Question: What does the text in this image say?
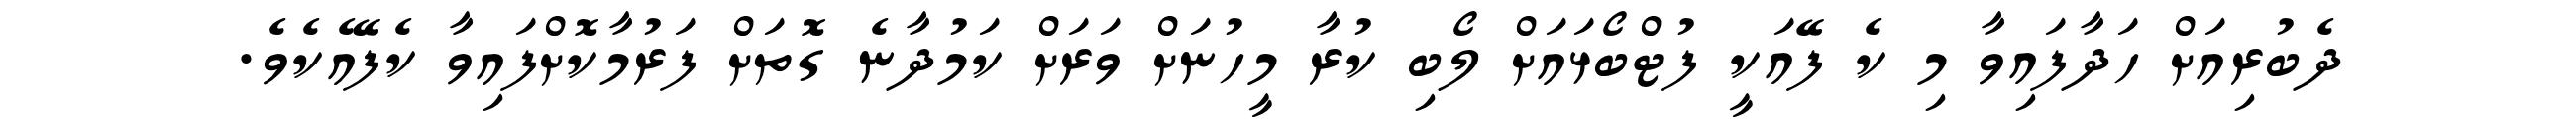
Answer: ދެބުރިއަށް ހަދާފައިވާ މި ކެ ފޭއަކީ ފުޓްބޯޅައަށް ލޯބި ކުރާ މީހުނަށް ވަރަށް ކަމުދާނެ ގޮތަށް ފަރުމާކޮށްފައިވާ ކެފޭއެކެވެ.